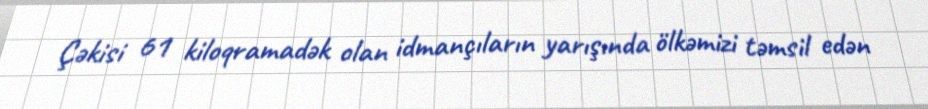
Çəkisi 61 kiloqramadək olan idmançıların yarışında ölkəmizi təmsil edən